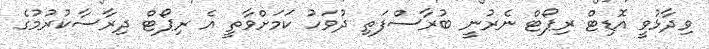
ވިދާޅުވީ އޮޑިޓް ރިޕޯޓް ނެރުނީ ބުރާސްފަތި ދުވަހު ކަމަށްވާތީ އެ ރިޕޯޓް ދިރާސާކުރުމުގެ